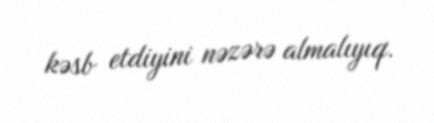
kəsb etdiyini nəzərə almalıyıq.